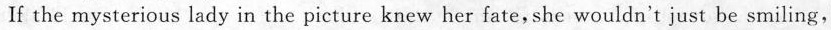
If the mysterious lady in the picture knew her fate,she wouldn't just be smiling,